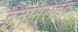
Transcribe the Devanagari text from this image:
इनामुलहक